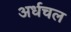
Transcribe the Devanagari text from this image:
अर्धचल